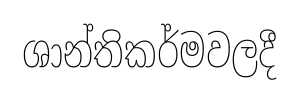
ශාන්තිකර්මවලදී